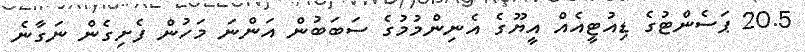
20.5 ޕަސެންޓުގެ ޑިއުޓީއެއް އީޔޫގެ އެނިންމުމުގެ ސަބަބުން އަންނަ މަހުން ފެށިގެން ނަގާނެ